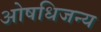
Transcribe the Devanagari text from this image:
ओषधिजन्य